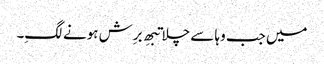
میں جب وہا سے چلا تبھِ برِش ہونے لگِ۔